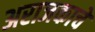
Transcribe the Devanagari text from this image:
अराजकाचे